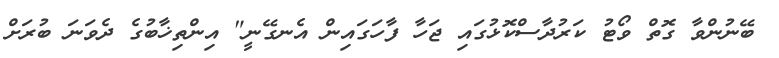
ބޭނުންވާ ގޮތް ވޯޓު ކަރުދާސްކޮޅުގައި ޖަހާ ފާހަގައިން އެނގޭނީ" އިންތިޚާބުގެ ދެވަނަ ބުރަށް